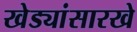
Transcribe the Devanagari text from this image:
खेड्यांसारखे